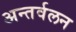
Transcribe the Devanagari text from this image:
अन्तर्वलन